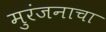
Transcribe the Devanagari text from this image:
मुरंजनाचा